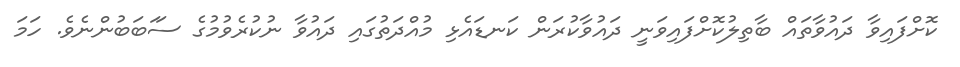
ކޮށްފައިވާ ދައުވާތައް ބާތިލުކޮށްފައިވަނީ ދައުވާކުރަން ކަނޑައެޅި މުއްދަތުގައި ދައުވާ ނުކުރެވުމުގެ ސަަބަބުންނެވެ. ހަމަ